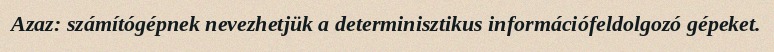
Azaz: számítógépnek nevezhetjük a determinisztikus információfeldolgozó gépeket.